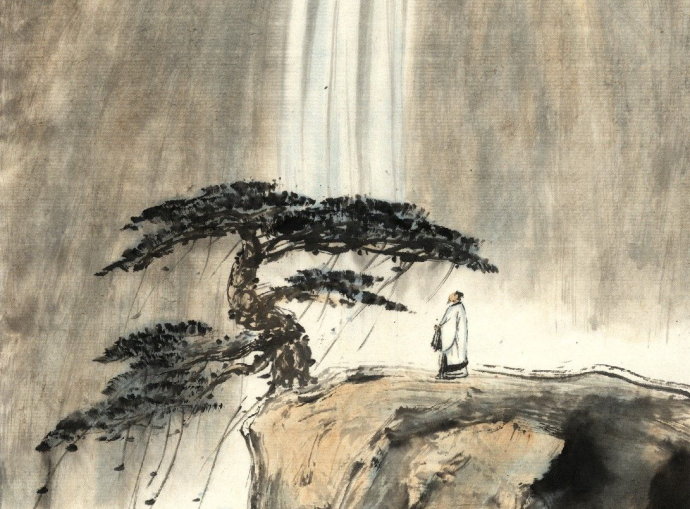
凡人心险于山川，难于知天。